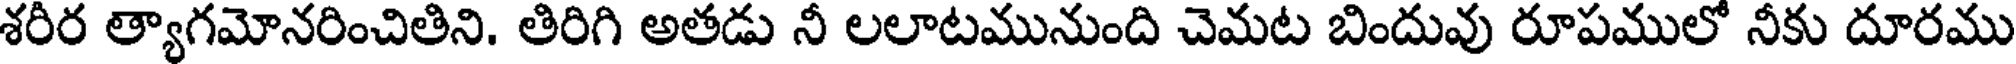
శరీర త్యాగమోనరించితిని. తిరిగి అతడు నీ లలాటమునుంది చెమట బిందువు రూపములో నీకు దూరము